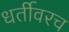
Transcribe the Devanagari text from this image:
धर्तीवरच